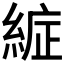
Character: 𮈞